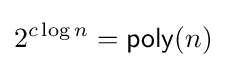
2^{c\log n}={\mathsf {poly}}(n)